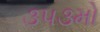
૩૫૩મો